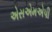
એસએમએપી